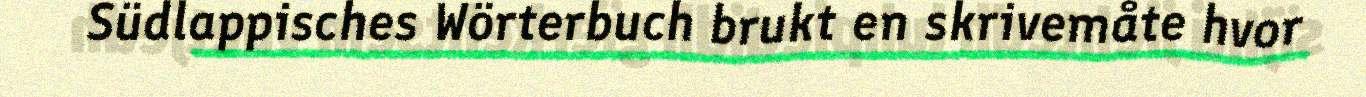
Südlappisches Wörterbuch brukt en skrivemåte hvor